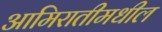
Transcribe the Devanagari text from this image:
आमिरातीमधील